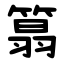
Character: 䈳